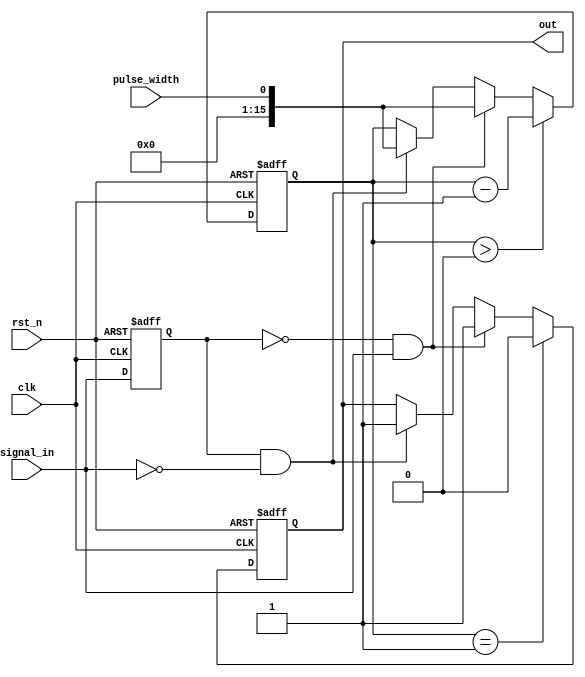
module MonostableEdgeDetector (
    input wire clk,
    input wire rst_n,            // Active low reset
    input wire signal_in,        // Input signal to detect edges
    input wire pulse_width,      // Pulse width (in clock cycles)
    output reg out               // Output pulse
);

    reg signal_in_prev;          // Register to store the previous state of the input signal
    reg [15:0] pulse_counter;    // Counter for pulse width

    // State Initialization
    initial begin
        signal_in_prev = 1'b0;   // Initialize previous signal state
        out = 1'b0;               // Initialize output
        pulse_counter = 16'b0;    // Initialize pulse counter
    end

    always @(posedge clk or negedge rst_n) begin
        if (!rst_n) begin
            signal_in_prev <= 1'b0;   // Reset previous state
            out <= 1'b0;               // Reset output
            pulse_counter <= 16'b0;    // Reset pulse counter
        end else begin
            // Edge Detection Logic
            if (signal_in_prev == 1'b0 && signal_in == 1'b1) begin
                // Rising edge detected
                out <= 1'b1;           // Set output high
                pulse_counter <= pulse_width; // Load pulse width
            end else if (signal_in_prev == 1'b1 && signal_in == 1'b0) begin
                // Falling edge detected
                out <= 1'b1;           // Set output high
                pulse_counter <= pulse_width; // Load pulse width
            end
            
            // Pulse Generation Logic
            if (pulse_counter > 0) begin
                pulse_counter <= pulse_counter - 1; // Decrement pulse counter
            end

            // Reset output when pulse duration expires
            if (pulse_counter == 1) begin
                out <= 1'b0;           // Set output low
            end
            
            // Update previous signal state
            signal_in_prev <= signal_in; // Store current state as previous for the next clock cycle
        end
    end

endmodule